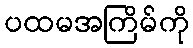
ပထမအကြိမ်ကို